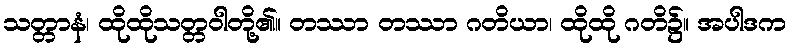
သတ္တာနံ၊ ထိုထိုသတ္တဝါတို့၏။ တဿာ တဿာ ဂတိယာ၊ ထိုထို ဂတိ၌။ အပါဒက